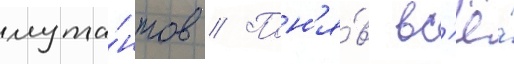
мута́нтов // Пон'я́в вс'ё́